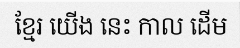
ខ្មែរ យើង នេះ កាល ដើម